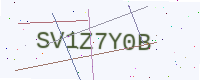
Text: SV1Z7Y0B